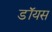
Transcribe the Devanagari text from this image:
डॉयस